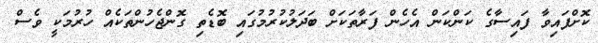
ކޮށްފައިވާ ފައިސާގެ ކަންކަން އެހެން ފަރާތަކަށް ބަދަލުކުރުމުގައި ބޮޑެތި ގޮންޖެހުންތަކެއް ހުރުމަކީ ވެސް